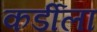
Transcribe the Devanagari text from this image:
कर्डीला